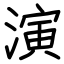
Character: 演